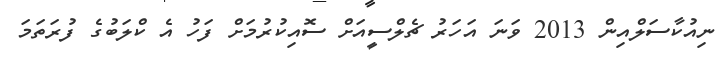
ނިއުކާސަލްއިން 2013 ވަނަ އަހަރު ޗެލްސީއަށް ސޮއިކުރުމަށް ފަހު އެ ކްލަބުގެ ފުރަތަމަ